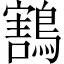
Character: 鶷